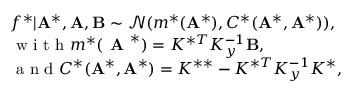
\begin{array} { r l } & { f ^ { * } | \mathbf { A } ^ { * } , \mathbf { A } , \mathbf { B } \sim \mathcal { N } ( m ^ { * } ( \mathbf { A } ^ { * } ) , C ^ { * } ( \mathbf { A } ^ { * } , \mathbf { A } ^ { * } ) ) , } \\ & { \textrm { w i t h } m ^ { * } ( \textbf { A } ^ { * } ) = K ^ { * T } K _ { y } ^ { - 1 } \mathbf { B } , } \\ & { \textrm { a n d } C ^ { * } ( \mathbf { A } ^ { * } , \mathbf { A } ^ { * } ) = K ^ { * * } - K ^ { * T } K _ { y } ^ { - 1 } K ^ { * } , } \end{array}